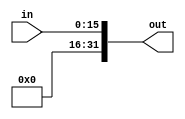
module SignExtend(in,out);
input [15:0] in;
output [31:0] out;

  //assign out[31:16] = in[15];
	assign out[31:16] = 1'b0;
	assign out[15:0] = in[15:0];

endmodule

//module SignExtendShift(in,out);
//input [15:0] in;
//output [31:0] out;

//        assign out[31:16] = in[15];
//        assign out[15:0] = in[15:0];

//	assign out = out << 2;


//endmodule